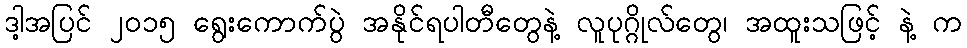
ဒါ့အပြင် ၂၀၁၅ ရွေးကောက်ပွဲ အနိုင်ရပါတီတွေနဲ့ လူပုဂ္ဂိုလ်တွေ၊ အထူးသဖြင့် နဲ့ က